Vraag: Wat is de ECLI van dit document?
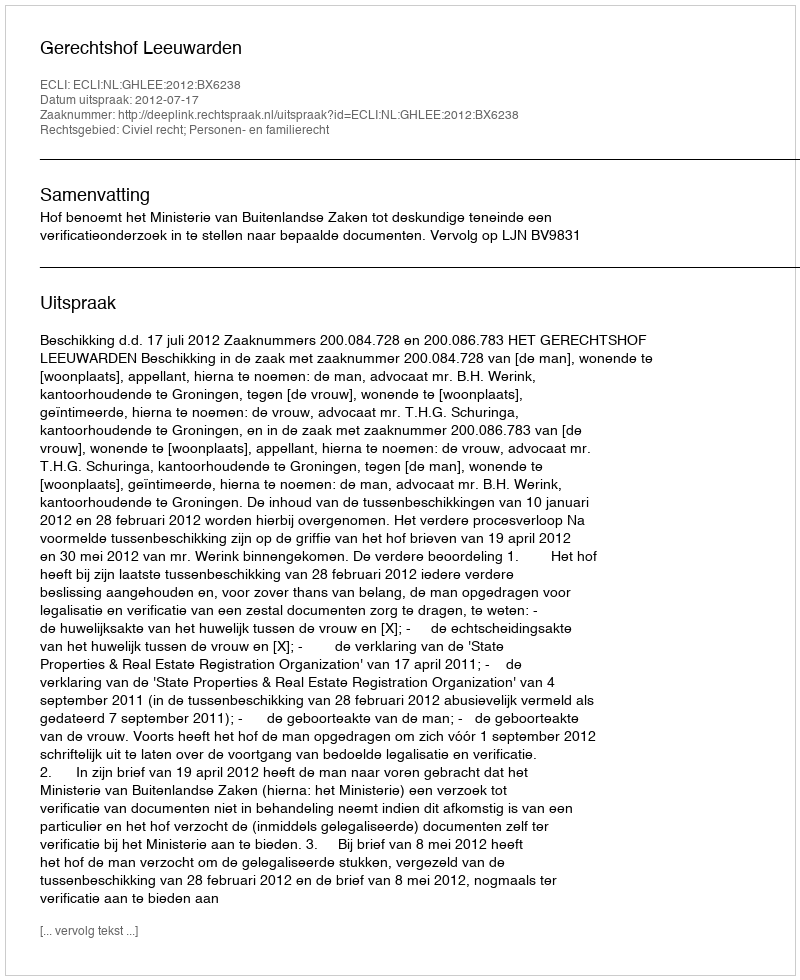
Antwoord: ECLI:NL:GHLEE:2012:BX6238